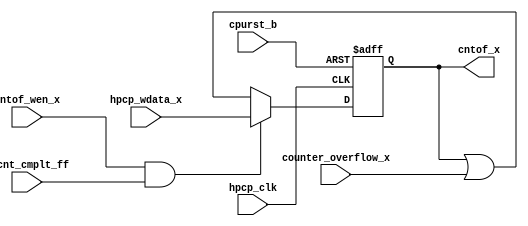
/*Copyright 2019-2021 T-Head Semiconductor Co., Ltd.

Licensed under the Apache License, Version 2.0 (the "License");
you may not use this file except in compliance with the License.
You may obtain a copy of the License at

    http://www.apache.org/licenses/LICENSE-2.0

Unless required by applicable law or agreed to in writing, software
distributed under the License is distributed on an "AS IS" BASIS,
WITHOUT WARRANTIES OR CONDITIONS OF ANY KIND, either express or implied.
See the License for the specific language governing permissions and
limitations under the License.
*/

// &ModuleBeg; @22
module ct_hpcp_cntof_reg(
  cntof_wen_x,
  cntof_x,
  counter_overflow_x,
  cpurst_b,
  hpcp_clk,
  hpcp_wdata_x,
  l2cnt_cmplt_ff
);

// &Ports; @23
input        cntof_wen_x;       
input        counter_overflow_x; 
input        cpurst_b;          
input        hpcp_clk;          
input        hpcp_wdata_x;      
input        l2cnt_cmplt_ff;    
output       cntof_x;           

// &Regs; @24
reg          cntof_x;           

// &Wires @25
wire         cntof_wen_x;       
wire         counter_overflow_x; 
wire         cpurst_b;          
wire         hpcp_clk;          
wire         hpcp_wdata_x;      
wire         l2cnt_cmplt_ff;    


always @(posedge hpcp_clk or negedge cpurst_b)
begin
  if(!cpurst_b)
      cntof_x <= 1'b0;
  else if(cntof_wen_x && l2cnt_cmplt_ff) 
      cntof_x <= hpcp_wdata_x;
  else
      cntof_x <= cntof_x | counter_overflow_x;
end

// &Force("output","cntof_x"); @37
// &ModuleEnd; @38
endmodule